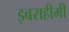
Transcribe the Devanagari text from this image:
इबराहीमी